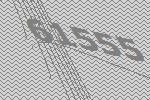
61555